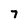
Character: 7